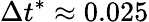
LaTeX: \Delta t^{*}\approx 0.025